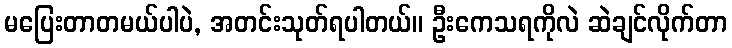
မပြေးတာတမယ်ပါပဲ, အတင်းသုတ်ရပါတယ်။ ဦးကေသရကိုလဲ ဆဲချင်လိုက်တာ